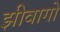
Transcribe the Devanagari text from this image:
झीवागो